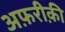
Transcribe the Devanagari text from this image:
अफ़रीक़ी